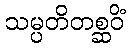
သမ္ပတိတစ္ဆဝိံ